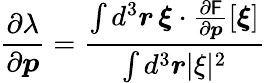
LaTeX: \frac{\partial\lambda}{\partial\boldsymbol{p}}=\frac{\int d^{3}\boldsymbol{r}\, \boldsymbol{\xi}\cdot\frac{\partial\mathsf{F}}{\partial\boldsymbol{p}}[\boldsymbol{\xi}]}{\int d^{3}\boldsymbol{r}\lvert\xi\rvert^{2}}